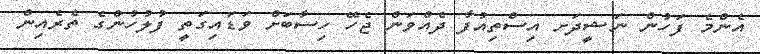
އެންމެ ފަހުން ނަޝީދަށ އިސްތިއުފާ ދެއްވަން ޖެހޭ ހިސާބަށް ވަޑައިގަތީ ފުލުހުންގެ ތެރެއިން